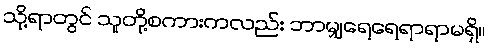
သို့ရာတွင် သူတို့စကားကလည်း ဘာမျှရေရေရာရာမရှိ။